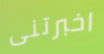
اخبرتنى